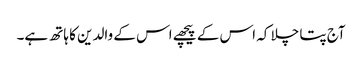
آج پتا چلا کہ اس کے پیچھے اس کے والدین کا ہاتھ ہے۔